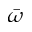
\bar { \omega }